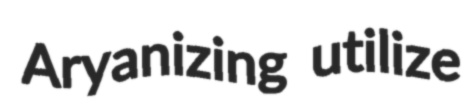
Aryanizing utilize